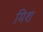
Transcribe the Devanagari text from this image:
मिश